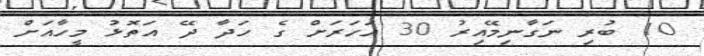
10 ބުރި ނަގާނިމޭއިރު 30 އަހަރަށް ގެ ހަދާ ދޭ އަތޮޅު މީހާއަށް